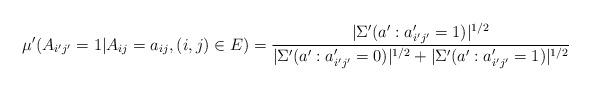
LaTeX: \begin{align*}\mu'(A_{i'j'}=1|A_{ij}=a_{ij},(i,j)\in E)=\frac{|\Sigma'(a':a_{i'j'}'=1)|^{1/2}}{|\Sigma'(a':a_{i'j'}'=0)|^{1/2}+|\Sigma'(a':a_{i'j'}'=1)|^{1/2}}\end{align*}